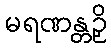
မရဏန္တဉှိ